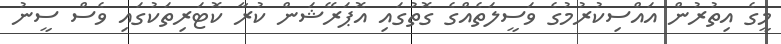
މީގެ އިތުރުން އައްސިކުރުމުގެ ވަސީލަތެއްގެ ގޮތުގައި އޮޕަރޭޝަން ކުރާ ކޮޓަރިތަކުގައި ވެސް ސީނު